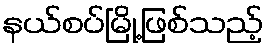
နယ်စပ်မြို့ဖြစ်သည့်